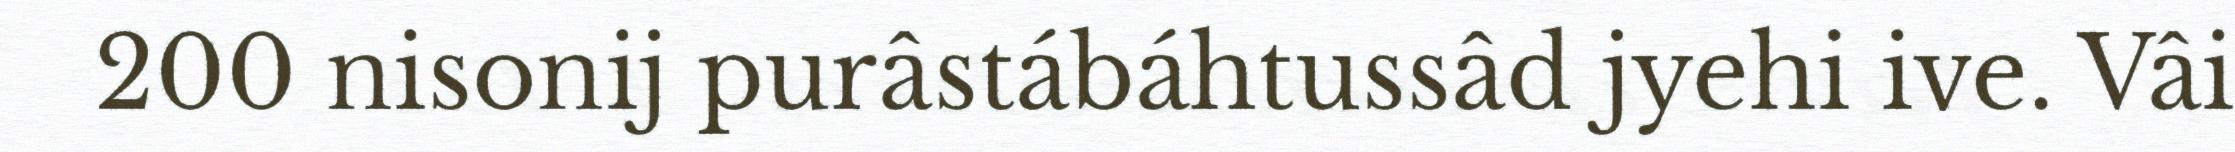
200 nisonij purâstábáhtussâd jyehi ive. Vâi